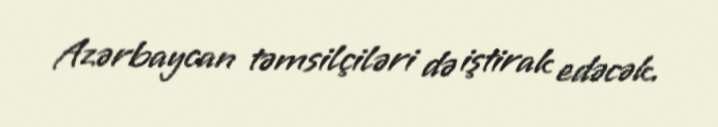
Azərbaycan təmsilçiləri də iştirak edəcək.